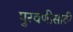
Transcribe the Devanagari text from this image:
पुरवणीसाठी